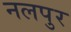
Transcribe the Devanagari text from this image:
नलपुर